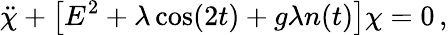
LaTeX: \ddot{\chi}+\left[E^{2}+\lambda\cos(2t)+g\lambda n(t)\right]\chi=0\, ,